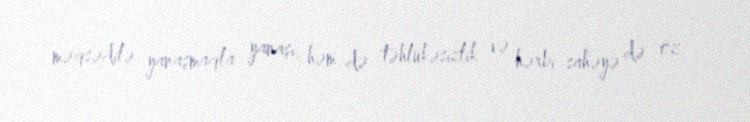
məqsədilə yanaşmaqla yanaşı, həm də təhlükəsizlik və hərbi sahəyə də öz